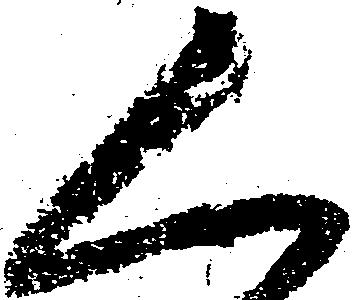
く